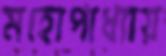
মহোপাধ্যায়